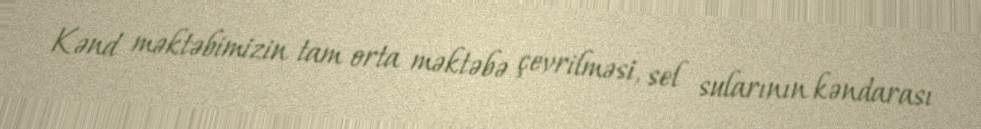
Kənd məktəbimizin tam orta məktəbə çevrilməsi, sel sularının kəndarası